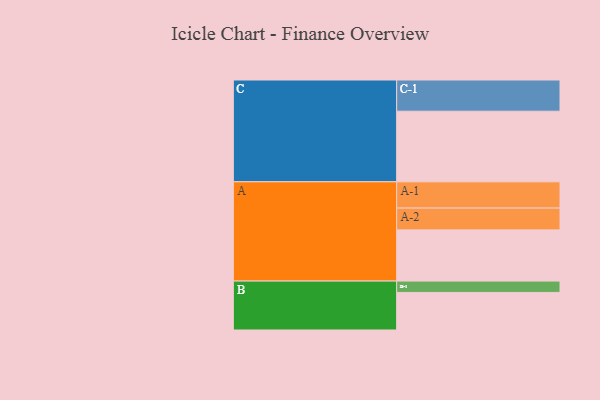
{"axis": {"x": "Segment", "y": "Value"}, "legend": ["", "A", "B", "C"], "data": [{"x": "A", "y": 425, "type": ""}, {"x": "B", "y": 312, "type": ""}, {"x": "C", "y": 586, "type": ""}, {"x": "A-1", "y": 218, "type": "A"}, {"x": "A-2", "y": 181, "type": "A"}, {"x": "B-1", "y": 94, "type": "B"}, {"x": "C-1", "y": 259, "type": "C"}]}